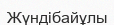
Жүндібайұлы